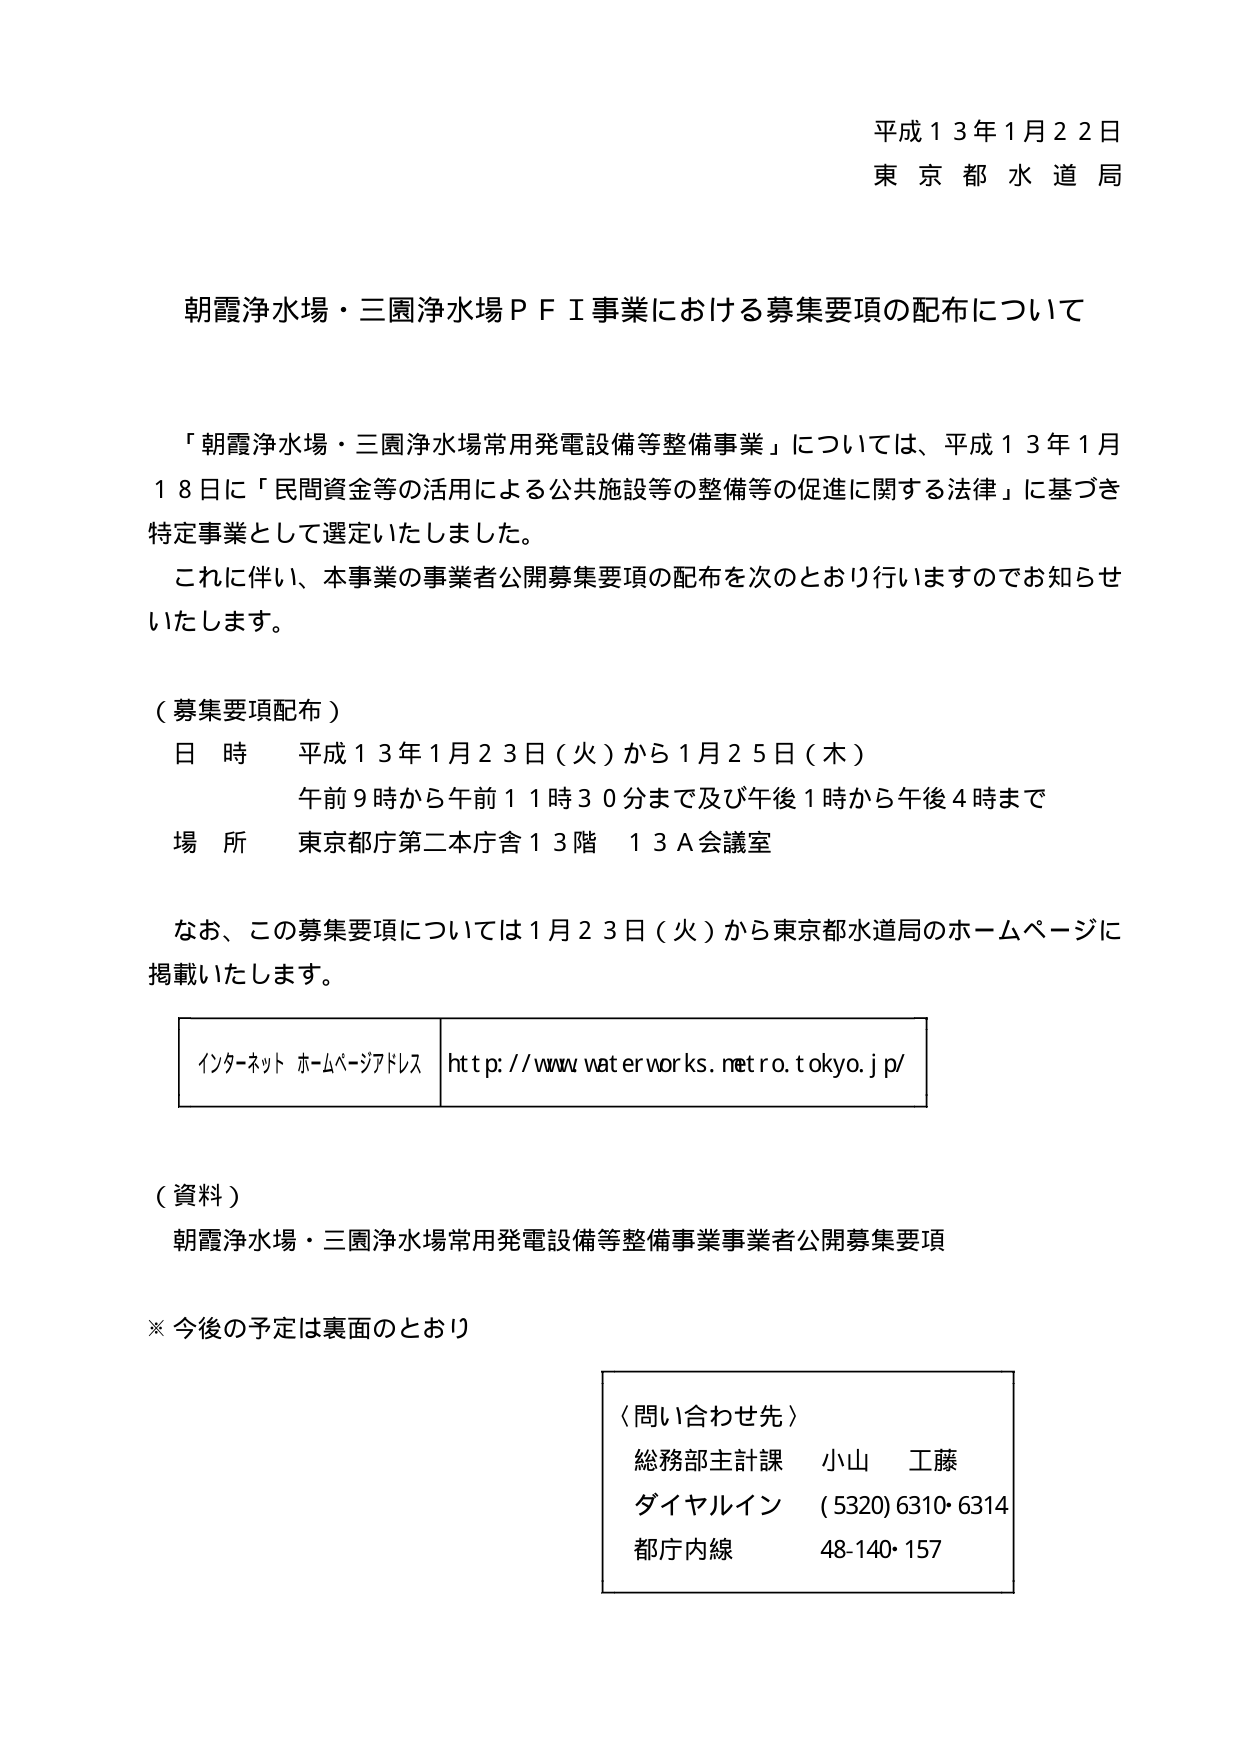
平成１３年１月２２日
東京都水道局

朝霞浄水場・三園浄水場ＰＦＩ事業における募集要項の配布について

「朝霞浄水場・三園浄水場常用発電設備等整備事業」については、平成１３年１月１８日に「民間資金等の活用による公共施設等の整備等の促進に関する法律」に基づき特定事業として選定いたしました。
これに伴い、本事業の事業者公開募集要項の配布を次のとおり行いますのでお知らせいたします。

（募集要項配布）
日 時 平成１３年１月２３日（火）から１月２５日（木）
　　　午前９時から午前１１時３０分まで及び午後１時から午後４時まで
場 所 東京都庁第二本庁舎１３階 １３Ａ会議室

なお、この募集要項については１月２３日（火）から東京都水道局のホームページに掲載いたします。

インターネット ホームページアドレス http://www.waterworks.metro.tokyo.jp/

（資料）
朝霞浄水場・三園浄水場常用発電設備等整備事業事業者公開募集要項

※ 今後の予定は裏面のとおり

〈問い合わせ先〉
総務部主計課 小山 工藤
ダイヤルイン (5320)6310・6314
都庁内線 48-140・157